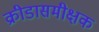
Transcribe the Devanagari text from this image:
क्रीडासमीक्षक